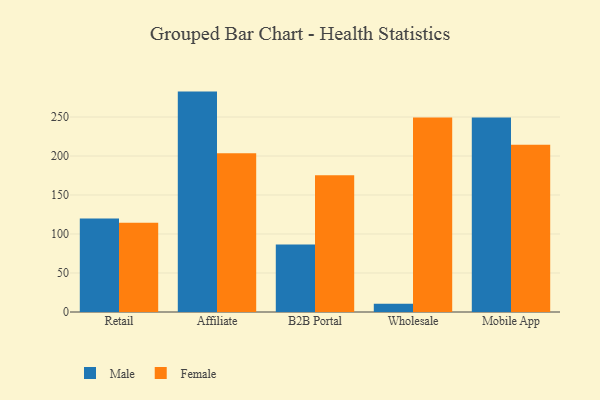
{"axis": {"x": "Channel", "y": "Demand Index"}, "legend": ["Female", "Male"], "data": [{"x": "Retail", "y": 119.9, "type": "Male"}, {"x": "Retail", "y": 114.4, "type": "Female"}, {"x": "Affiliate", "y": 282.6, "type": "Male"}, {"x": "Affiliate", "y": 203.7, "type": "Female"}, {"x": "B2B Portal", "y": 86.6, "type": "Male"}, {"x": "B2B Portal", "y": 175.4, "type": "Female"}, {"x": "Wholesale", "y": 10.6, "type": "Male"}, {"x": "Wholesale", "y": 249.5, "type": "Female"}, {"x": "Mobile App", "y": 249.5, "type": "Male"}, {"x": "Mobile App", "y": 214.6, "type": "Female"}]}